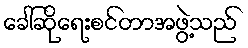
ခေါ်ဆိုရေးစင်တာအဖွဲ့သည်